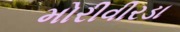
મોરીવીરડા